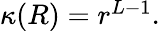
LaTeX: \begin{array}{r}{\kappa(R)=r^{L-1}.}\end{array}